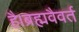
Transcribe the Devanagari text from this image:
है।ब्रह्मवैवर्त